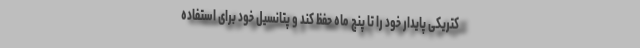
کتریکی پایدار خود را تا پنج ماه حفظ کند و پتانسیل خود برای استفاده